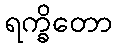
ရက္ခိတော